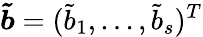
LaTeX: \boldsymbol{\tilde{b}}=(\tilde{b}_{1},...,\tilde{b}_{s})^{T}